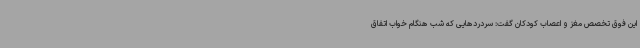
این فوق تخصص مغز و اعصاب کودکان گفت: سردردهایی که شب هنگام خواب اتفاق